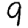
Digit: 9